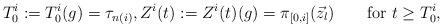
LaTeX: \begin{align*} T^i_0:= T^i_0(g)=\tau_{n(i)},Z^i(t):=Z^i(t) (g)=\pi_{[0,i]}(\vec {z}_l) \qquad\mbox{for } t\geq T^i_0,\end{align*}